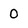
Character: 0